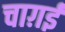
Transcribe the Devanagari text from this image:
चाग़ई